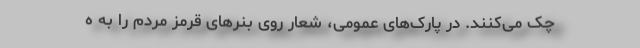
چک می‌کنند. در پارک‌های عمومی، شعار‌ روی بنرهای قرمز مردم را به ه